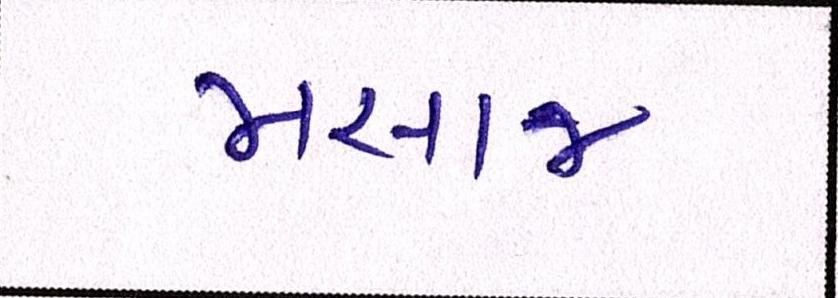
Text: મસાજ